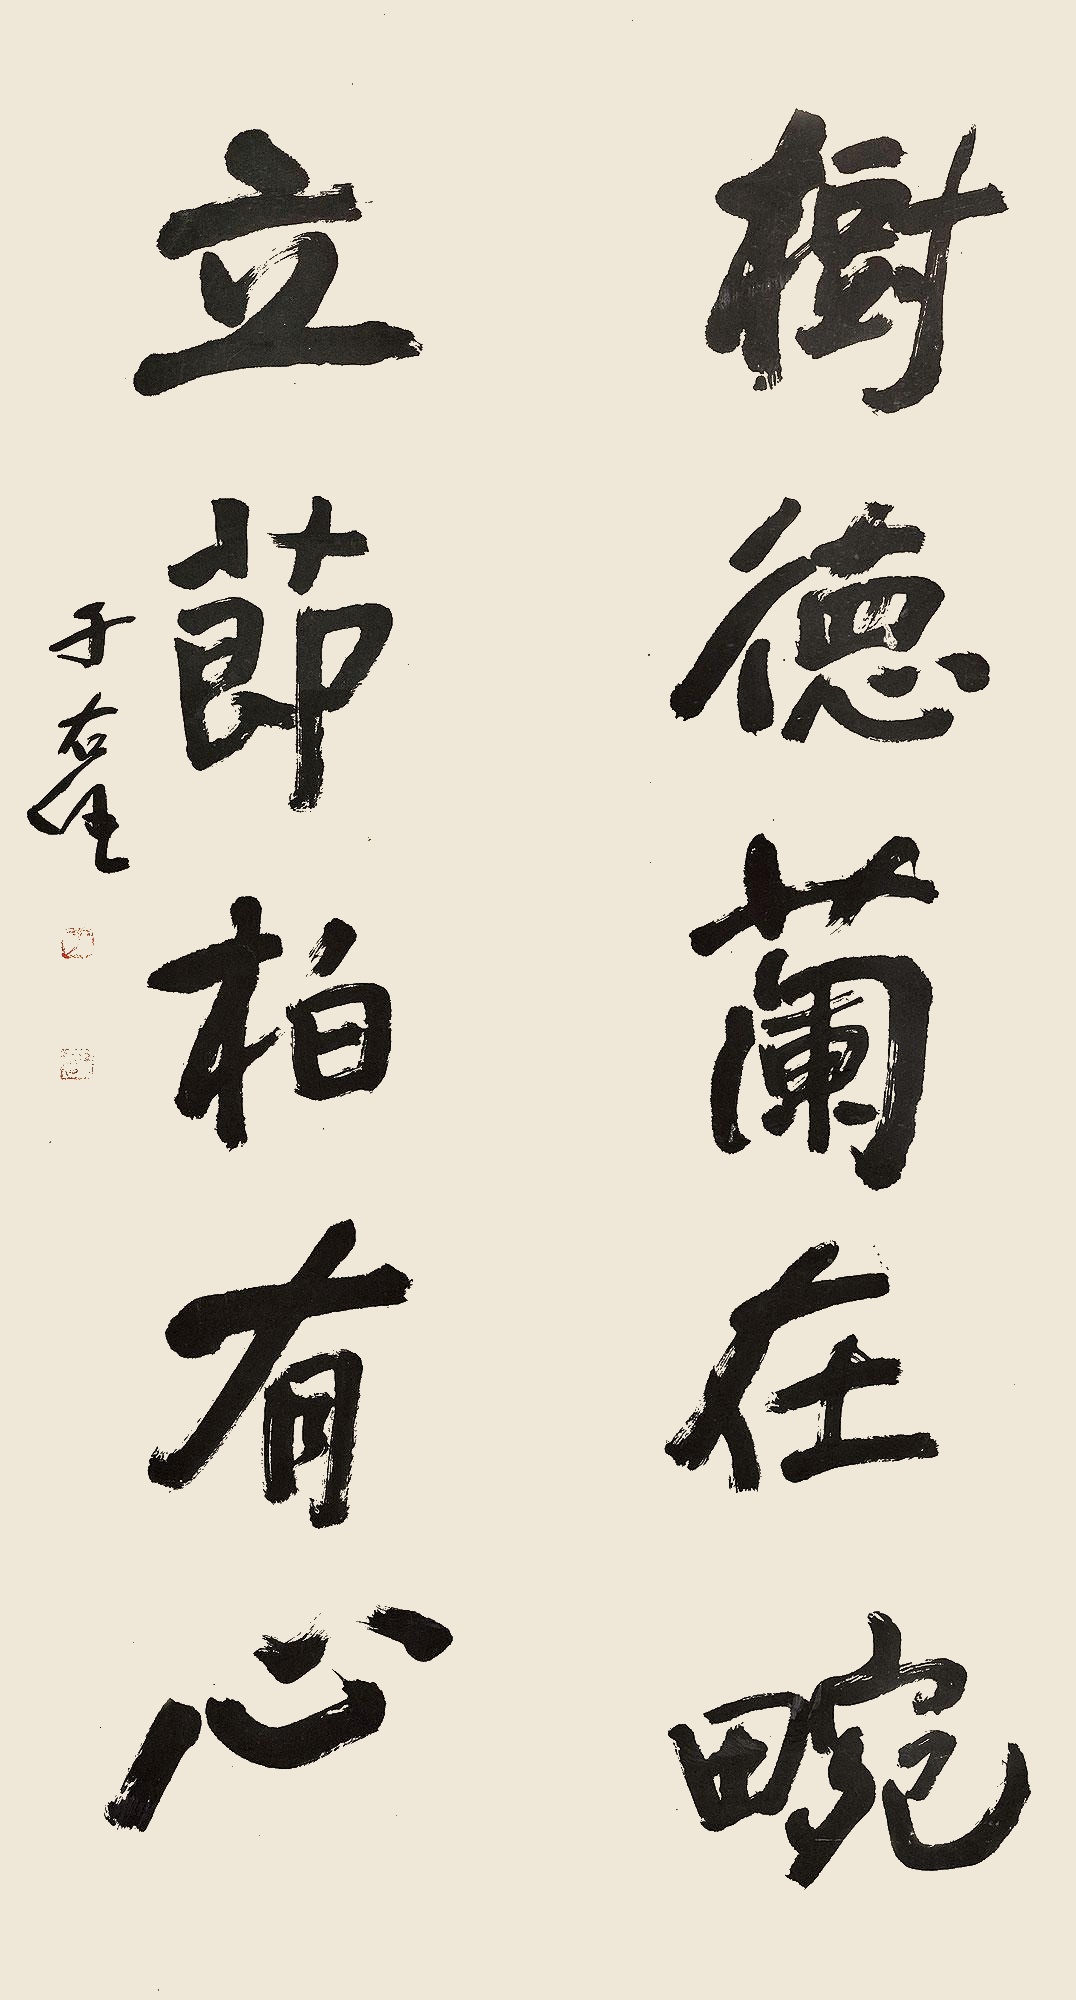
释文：树德兰在畹。立节柏有心。于右任。